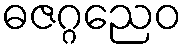
ဓဇဂ္ဂညေဝ